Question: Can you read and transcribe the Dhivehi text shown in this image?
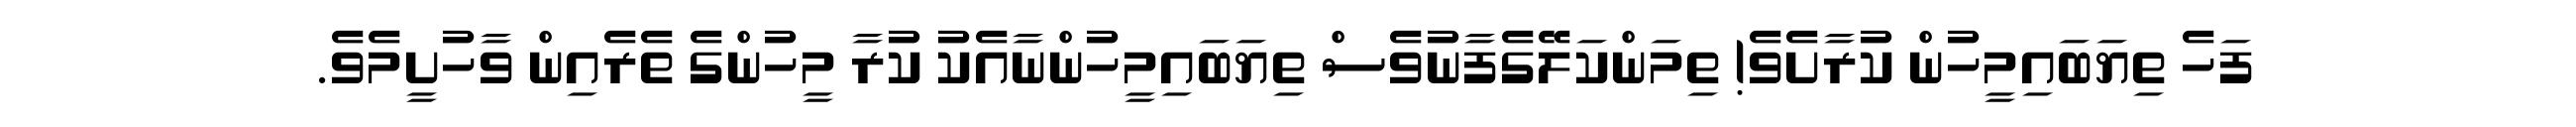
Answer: ފަހެ ތިޔަބައިމީހުން ކުރާށެވެ! ތިމަންކަލޭގެފާނުވެސް ތިޔަބައިމީހުންނާއެކު ކުރާ މީހުންގެ ތެރެއިން ވާހުށީމެވެ.